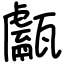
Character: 甗